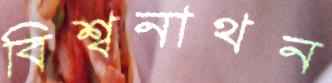
বিশ্বনাথন